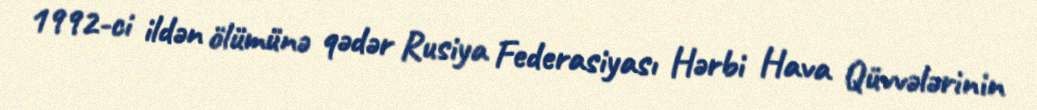
1992-ci ildən ölümünə qədər Rusiya Federasiyası Hərbi Hava Qüvvələrinin